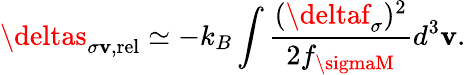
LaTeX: \deltas_{\sigma\mathbf{v},\mathrm{{rel}}}\simeq-k_{B}\int\frac{{(\deltaf_{\sigma})^{2}}}{{2f_{\sigmaM}}}d^{3}\mathbf{v}.